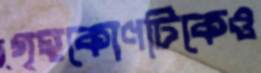
গৃহকোণটিকেও